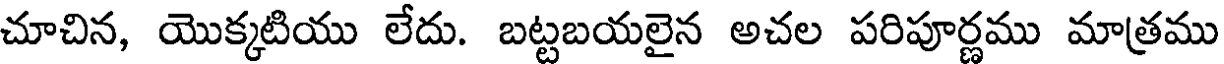
చూచిన, యొక్కటియు లేదు. బట్టబయలైన అచల పరిపూర్ణము మాత్రము